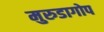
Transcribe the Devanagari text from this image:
मुरुडागोप